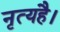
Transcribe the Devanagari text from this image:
नृत्यहै।